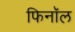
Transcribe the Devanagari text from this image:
फिनाॅल